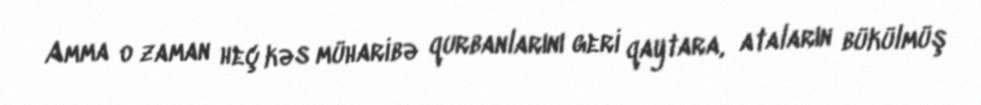
Amma o zaman heç kəs müharibə qurbanlarını geri qaytara, ataların bükülmüş